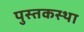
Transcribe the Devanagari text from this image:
पुस्तकस्था